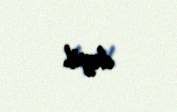
deyil.